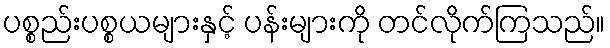
ပစ္စည်းပစ္စယများနှင့် ပန်းများကို တင်လိုက်ကြသည်။